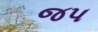
જપ